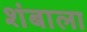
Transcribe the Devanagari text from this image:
शंबाला